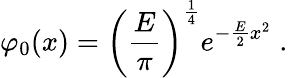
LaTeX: \varphi_{0}(x)=\left(\frac{E}{\pi}\right)^{\frac{1}{4}}e^{-\frac{E}{2}x^{2}}\; .